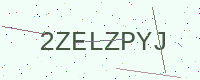
Text: 2ZELZPYJ